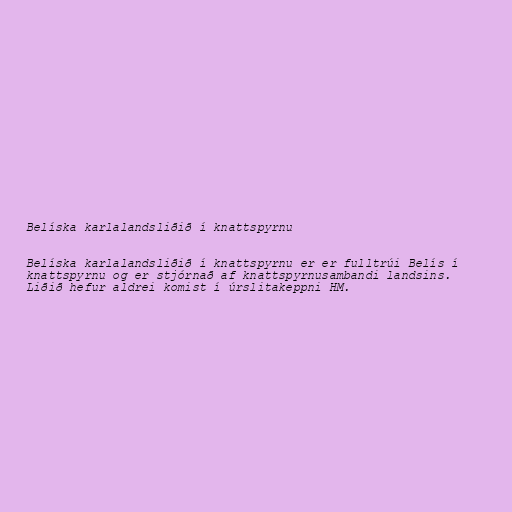
Belíska karlalandsliðið í knattspyrnu

Belíska karlalandsliðið í knattspyrnu er er fulltrúi Belís í
knattspyrnu og er stjórnað af knattspyrnusambandi landsins.
Liðið hefur aldrei komist í úrslitakeppni HM.